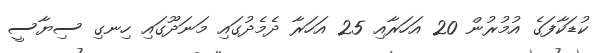
ކުޑަކާފަގެ އުމުރުން 20 އަހަރާއި 25 އަހަރާ ދެމެދުގައި މަނަދޫގައި ހިނގި ސިޔާސީ